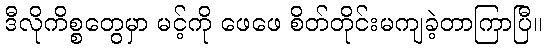
ဒီလိုကိစ္စတွေမှာ မင့်ကို ဖေဖေ စိတ်တိုင်းမကျခဲ့တာကြာပြီ။